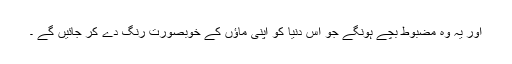
اور یہ وہ مضبوط بچے ہونگے جو اس دنیا کو اپنی ماؤں کے خوبصورت رنگ دے کر جائیں گے ۔